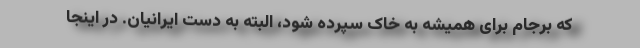
که برجام برای همیشه به خاک سپرده شود، البته به دست ایرانیان. در اینجا